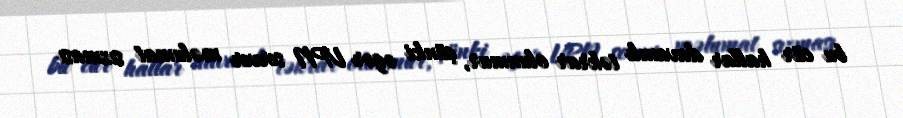
bu cür hallar davamlı təkrar olunmur, çünki əgər VPN server məlumat sızması